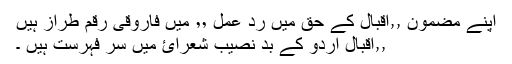
اپنے مضمون ٫٫اقبال كے حق میں ردِ عمل ٬٬ میں فاروقی رقم طراز ہیں
٫٫اقبال اردو كے بد نصیب شعرائ میں سر فہرست ہیں ۔